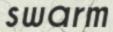
swarm